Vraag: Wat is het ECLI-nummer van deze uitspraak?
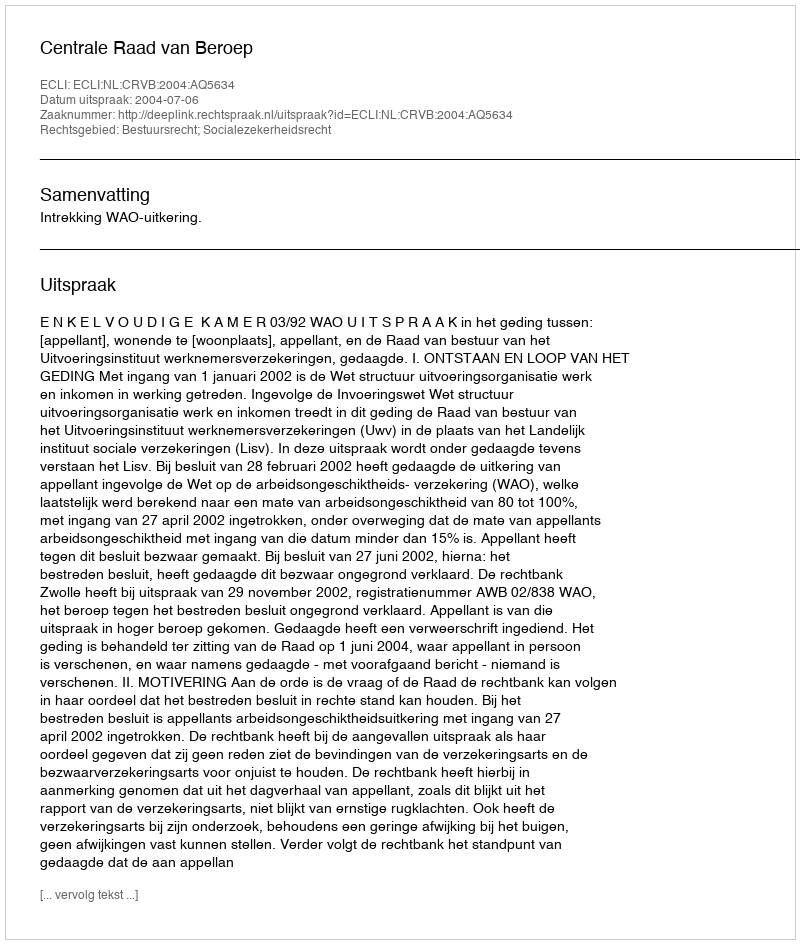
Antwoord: ECLI:NL:CRVB:2004:AQ5634